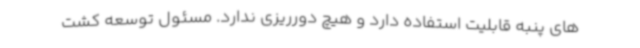
های پنبه قابلیت استفاده دارد و هیچ دورریزی ندارد. مسئول توسعه کشت